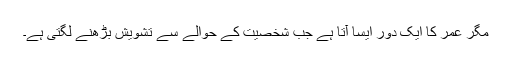
مگر عمر کا ایک دور ایسا آتا ہے جب شخصیت کے حوالے سے تشویش بڑھنے لگتی ہے۔